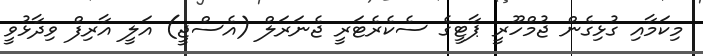
މިކަމާއި ގުޅިގެން ޖުމްހޫރީ ޕާޓީގެ ސެކެރެޓަރީ ޖެނަރަލް (އެސްޖީ) އަލީ އާރިފް ވިދާޅުވީ